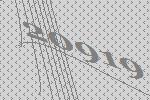
20919